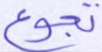
تجوع